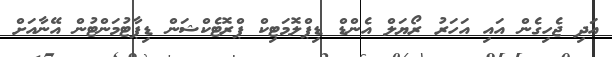
އަދި ޖެހިގެން އައި އަހަރު ރޯޔަލް އެންޑް ޑިޕްލޮމަޓިކް ޕްރޮޓެކްޝަން ޑިޕާޓުމަންޓުން އޭނާއަށް